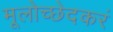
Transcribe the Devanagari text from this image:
मूलोच्छेदकरं